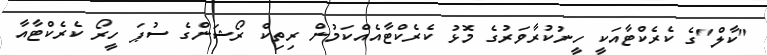
"ކާލް"ގެ ކެރެކްޓާއަކީ ހީނުކުރާވަރުގެ މޮޅު ކެރެކްޓާއެއްކަމުން ރިތިކް ރޯޝަންގެ ސުޕަ ހީރޯ ކެރެކްޓާއާ